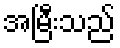
အမြီးသည်